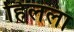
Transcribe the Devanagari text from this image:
हिलला